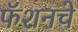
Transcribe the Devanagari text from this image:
फॅशनचे